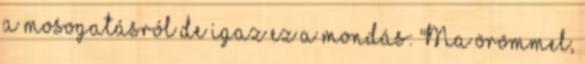
a mosogatásról de igaz ez a mondás: "Ma örömmel,